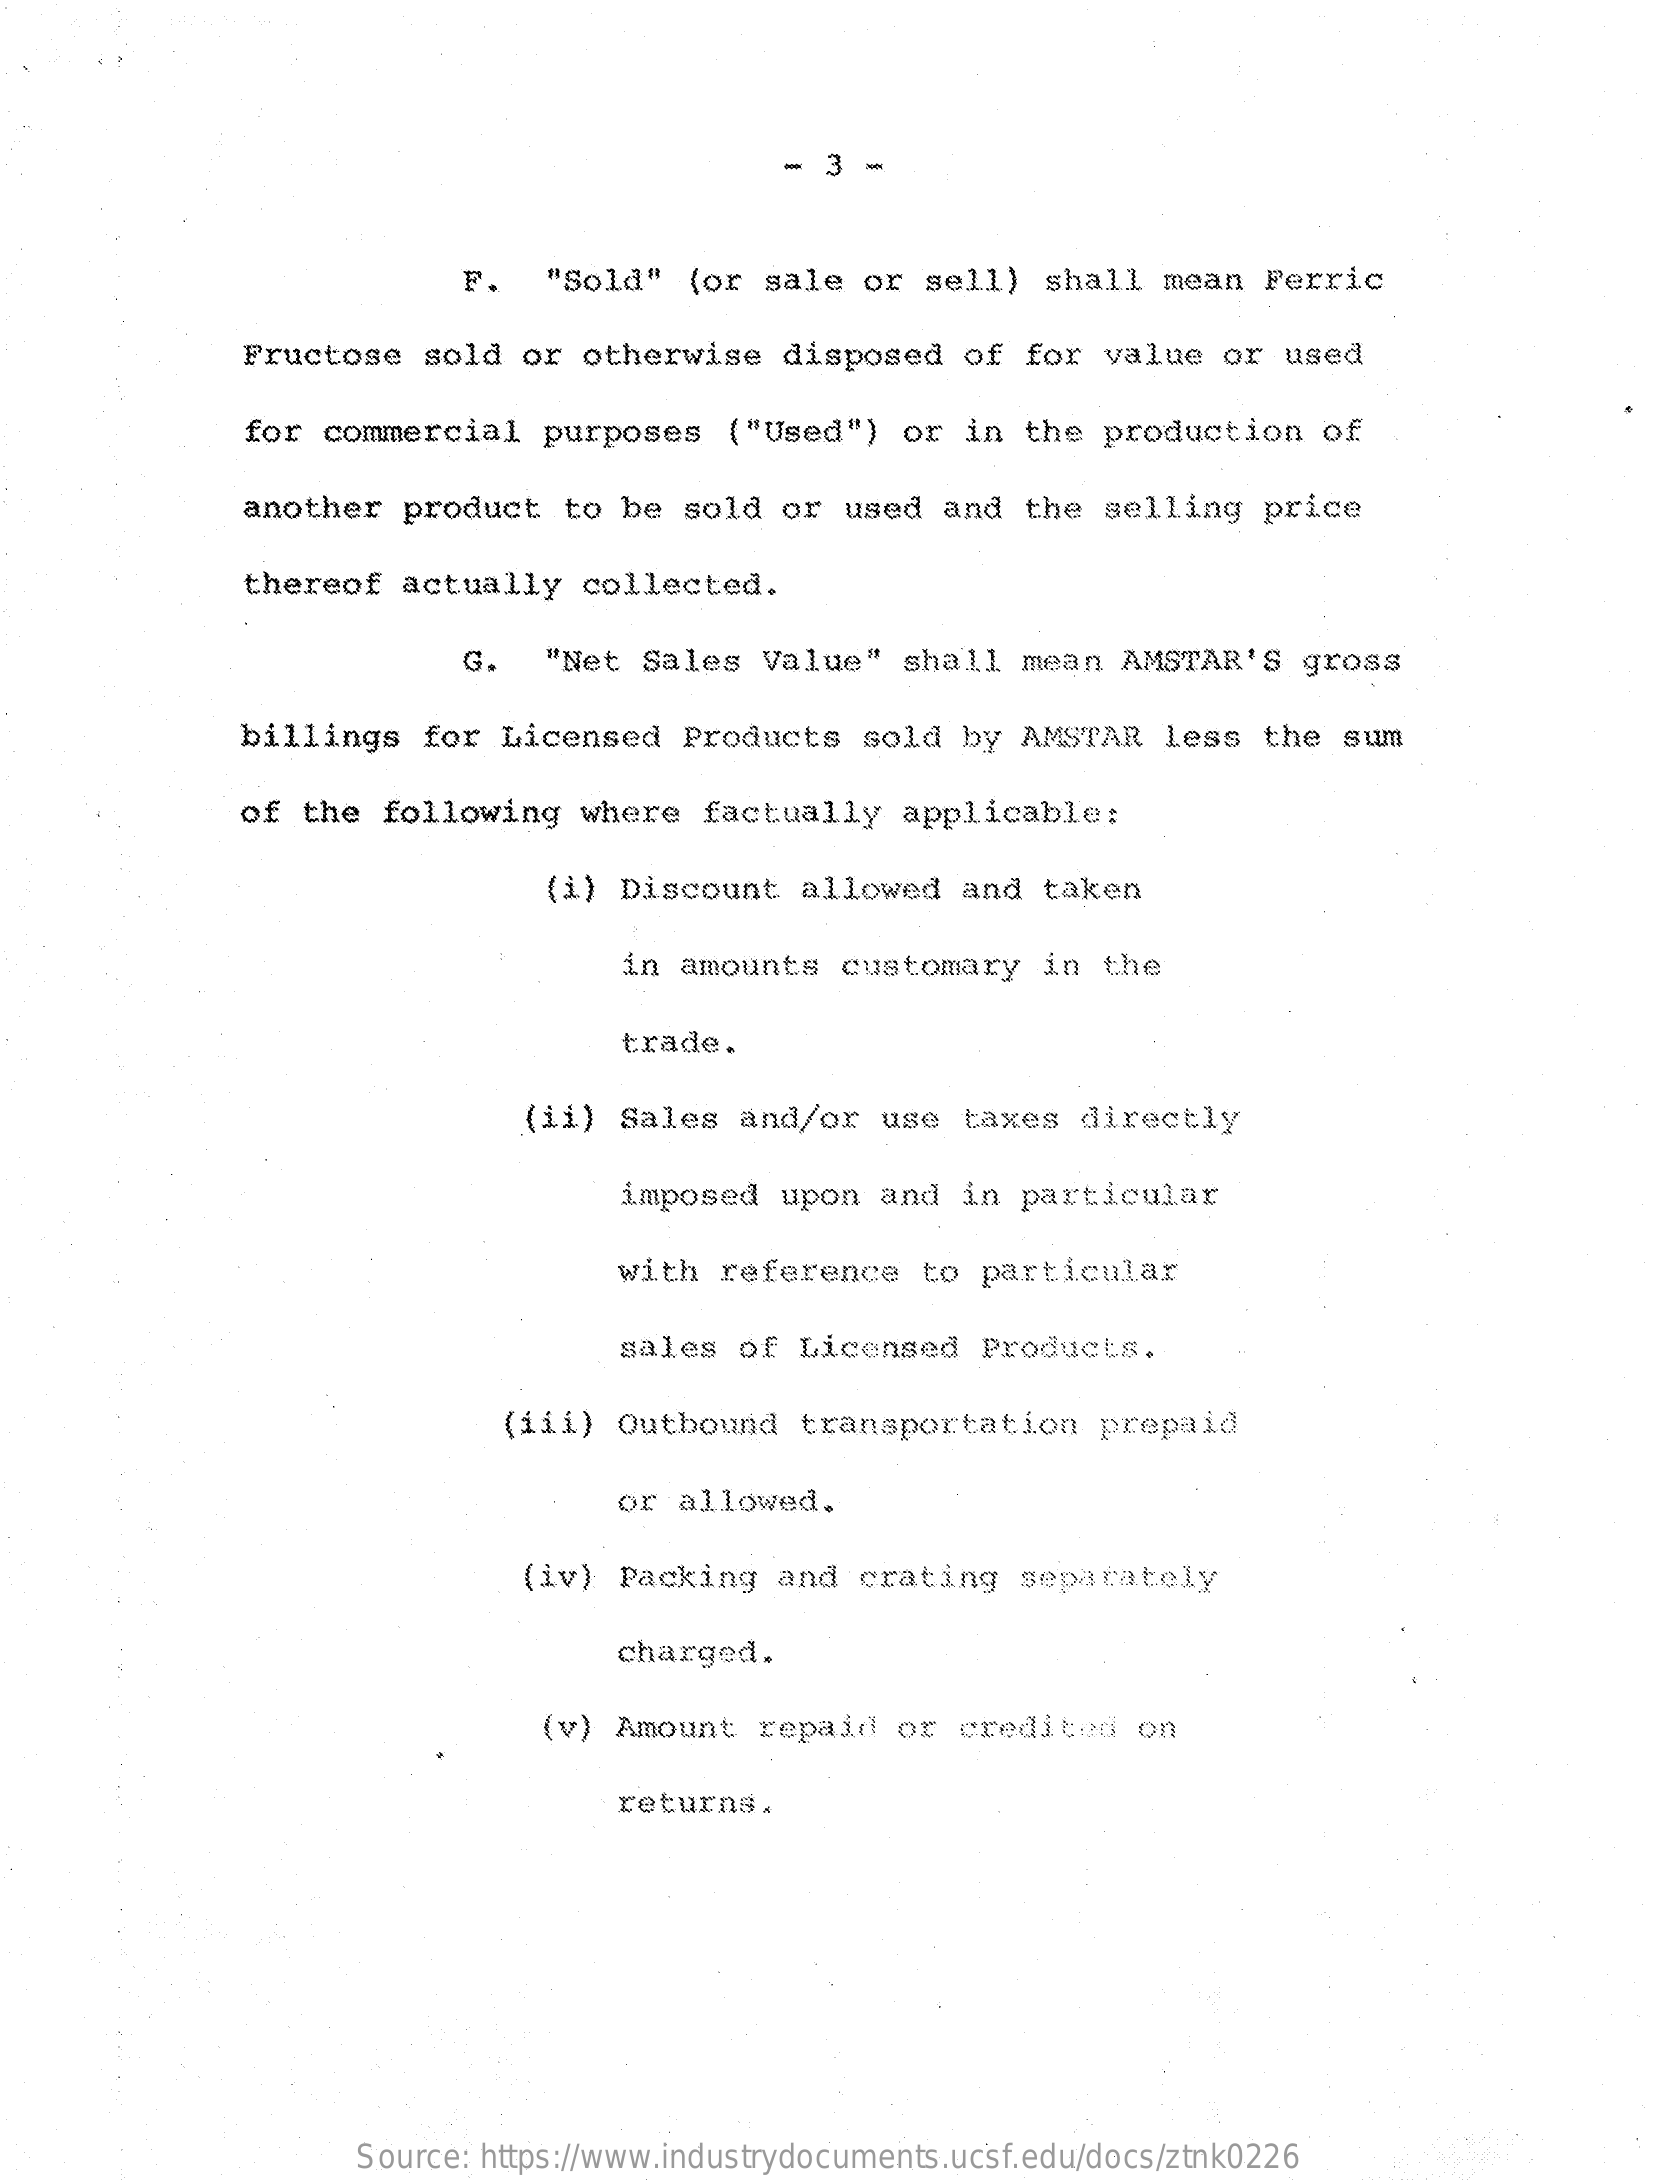
3
     F.   "Sold"   (or  sale  or  sell)  shall   mean  Ferric
     Fructose   sold  or otherwise    disposed   of  for  value   or used
     for commercial    purposes    ("Used")   or in  the  production    of
     another  product   to  be  sold  or  used  and  the  selling   price
     thereof  actually   collected.
     G.   "Net  Sales   Value"   shall  mean  AMSTAR'S    gross
     billings   for  Licensed    Products   sold  by  AMSTAR   less  the  sum
     of  the  following   where   factually   applicable:
     (i)  Discount   allowed   and  taken
     in  amounts   customary   in  the
     trade.
     (ii)  Sales  and/or   use  taxes   directly
     imposed   upon  and  in  particular
     with  reference    to particular
     sales  of  Licensed   Products.
     (iii)  Outbound   transportation    prepaid
     or  allowed.
     (iv)  Packing  and   crating   separately
     charged.
     (v) Amount   repaid   or  credited   on
     returns.
     Source: https://www.industrydocuments.ucsf.edu/docs/ztnk0226